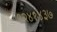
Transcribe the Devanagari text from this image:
१२४१४३७